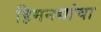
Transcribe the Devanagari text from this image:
हिमनद्यांचा